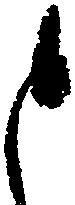
と